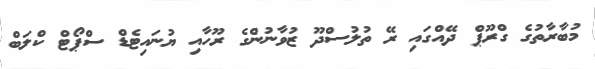
މުބާރާތުގެ ގްރޫޕް ދޭއްގައި ރޭ ތުލުސްދޫ ޒުވާނުންގެ ރޫހާއި ޔުނައިޓެޑް ސްޕޯޓް ކްލަބް